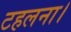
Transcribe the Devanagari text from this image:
टहलना।